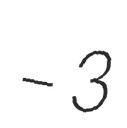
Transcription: – 3